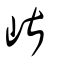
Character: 嵁